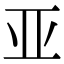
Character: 亚